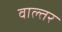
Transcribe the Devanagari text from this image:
वाल्तर